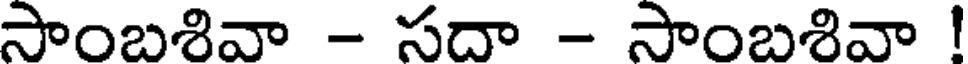
సాంబశివా - సదా - సాంబశివా !